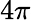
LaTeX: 4\pi